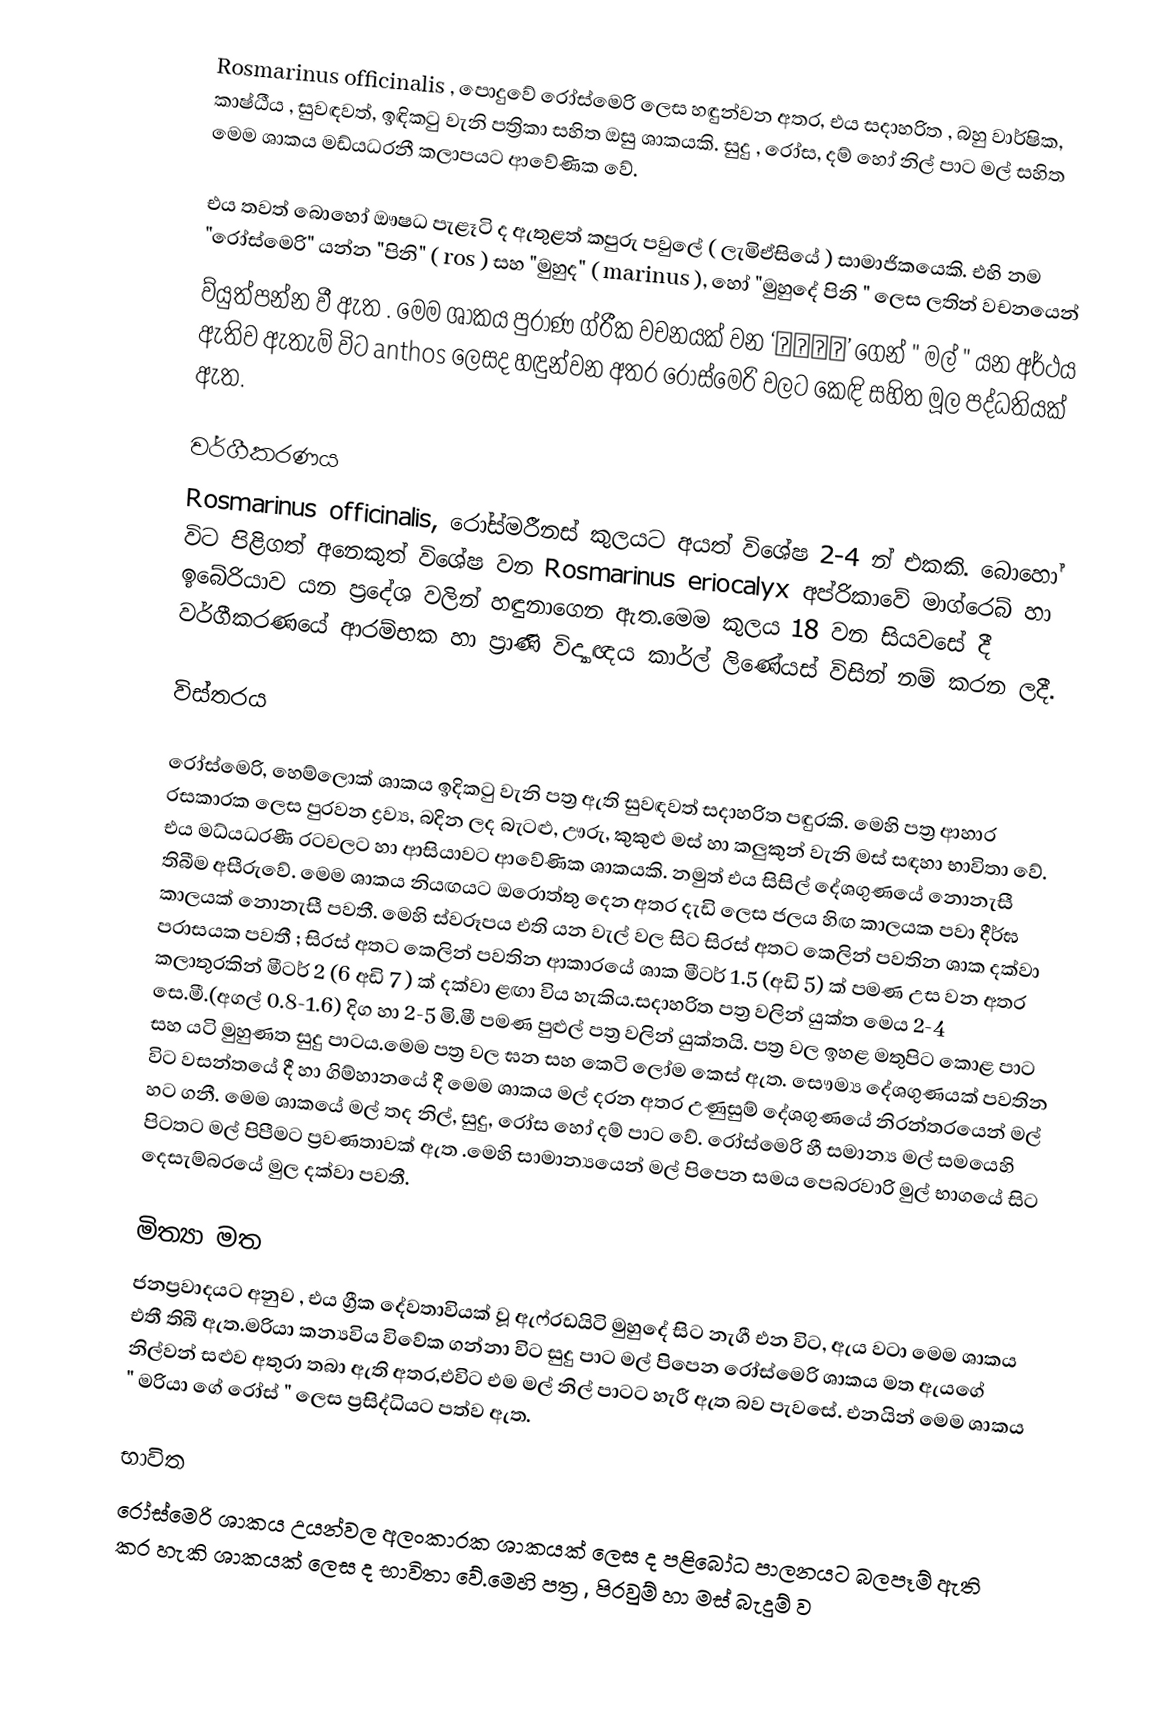
Rosmarinus officinalis , පොදුවේ රෝස්මෙරි ලෙස හඳුන්වන අතර, එය සදාහරිත , බහු වාර්ෂික,  කාෂ්ඨීය , සුවඳවත්, ඉඳිකටු වැනි පත්‍රිකා සහිත ඔසු ශාකයකි.  සුදු , රෝස, දම් හෝ නිල් පාට  මල් සහිත මෙම ශාකය මඩ්යධරනී කලාපයට  ආවේණික වේ. 

එය තවත් බොහෝ ඖෂධ පැළෑටි ද ඇතුළත් කපුරු පවුලේ ( ලැමිඒසියේ  )  සාමාජිකයෙකි. එහි නම "රෝස්මෙරි" යන්න "පිනි" ( ros ) සහ "මුහුද" ( marinus ), හෝ "මුහුදේ පිනි " ලෙස ලතින් වචනයෙන්
ව්යුත්පන්න වී ඇත . මෙම ශාකය පුරාණ ග්රීක වචනයක් වන ‘ἄνθο’ ගෙන්  " මල් " යන අර්ථය ඇතිව ඇතැම් විට anthos ලෙසද හඳුන්වන අතර රෝස්මෙරි වලට කෙඳි සහිත මූල පද්ධතියක් ඇත.

වර්ගීකරණය
Rosmarinus officinalis, රෝස්මරීනස් කුලයට අයත් විශේෂ 2-4 න් එකකි.  බොහෝ විට පිළිගත් අනෙකුත් විශේෂ වන Rosmarinus eriocalyx  අප්රිකාවේ මාග්රෙබ් හා ඉබේරියාව යන ප්‍රදේශ වලින් හඳුනාගෙන ඇත.මෙම කුලය 18 වන සියවසේ දී  වර්ගීකරණයේ ආරම්භක  හා ප්‍රාණි විද්‍යාඥය කාර්ල් ලිණේයස් විසින් නම් කරන ලදී.

විස්තරය

 රෝස්මෙරි, හෙම්ලොක් ශාකය ඉදිකටු වැනි පත්‍ර  ඇති සුවඳවත් සදාහරිත පඳුරකි. මෙහි පත්‍ර ආහාර රසකාරක ලෙස පුරවන ද්‍රව්‍ය, බදින ලද බැටළු, ඌරු, කුකුළු මස් හා කලුකුන් වැනි මස්  සඳහා භාවිතා වේ. එය මධ්යධරණී රටවලට හා ආසියාවට ආවේණික ශාකයකි.  නමුත් එය  සිසිල් දේශගුණයේ නොනැසී තිබීම අසීරුවේ. මෙම ශාකය නියඟයට ඔරොත්තු දෙන අතර දැඩි ලෙස ජලය හිඟ කාලයක පවා දීර්ඝ කාලයක් නොනැසී පවතී. මෙහි ස්වරූපය එති යන වැල් වල සිට සිරස් අතට කෙලින් පවතින ශාක දක්වා පරාසයක පවතී ; සිරස් අතට කෙලින් පවතින ආකාරයේ ශාක  මීටර් 1.5 (අඩි 5) ක් පමණ උස වන අතර කලාතුරකින් මීටර් 2 (6 අඩි 7 ) ක් දක්වා ළඟා විය හැකිය.සදාහරිත පත්‍ර වලින් යුක්ත මෙය 2-4 සෙ.මී.(අගල් 0.8-1.6) දිග හා 2-5 මි.මී පමණ පුළුල් පත්‍ර  වලින් යුක්තයි. පත්‍ර වල ඉහළ මතුපිට කොළ පාට  සහ යටි  මුහුණත  සුදු පාටය.මෙම පත්‍ර වල ඝන සහ කෙටි ලෝම කෙස් ඇත. සෞම්‍ය දේශගුණයක් පවතින විට වසන්තයේ දී හා ගිම්හානයේ දී මෙම ශාකය මල් දරන අතර  උණුසුම් දේශගුණයේ නිරන්තරයෙන් මල් හට ගනී. මෙම ශාකයේ මල් තද නිල්, සුදු, රෝස හෝ දම් පාට වේ. රෝස්මෙරි හී සමාන්‍ය මල් සමයෙහි පිටතට මල් පිපීමට  ප්‍රවණතාවක් ඇත .මෙහි සාමාන්‍යයෙන් මල් පිපෙන සමය පෙබරවාරි මුල් භාගයේ සිට දෙසැම්බරයේ මුල දක්වා පවතී.

මිත්‍යා මත
ජනප්‍රවාදයට අනුව , එය ග්‍රීක දේවතාවියක් වූ ඇෆ්රඩයිටි මුහුදේ සිට නැගී එන විට, ඇය වටා මෙම ශාකය එතී තිබී ඇත.මරියා කන්‍යවිය  විවේක ගන්නා විට සුදු පාට මල් පිපෙන රෝස්මෙරි ශාකය මත ඇයගේ නිල්වන් සළුව අතුරා තබා ඇති අතර,එවිට එම මල් නිල් පාටට හැරී ඇත බව පැවසේ. එනයින් මෙම ශාකය  " මරියා ගේ රෝස් " ලෙස ප්‍රසිද්ධියට පත්ව ඇත.

භාවිත
රෝස්මෙරි ශාකය උයන්වල අලංකාරක  ශාකයක්  ලෙස ද පළිබෝධ පාලනයට  බලපෑම් ඇති කර හැකි ශාකයක් ලෙස ද භාවිතා වේ.මෙහි පත්‍ර ‚පිරවුම් හා මස් බැදුම්  ව